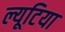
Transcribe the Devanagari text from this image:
ल्यूटिया